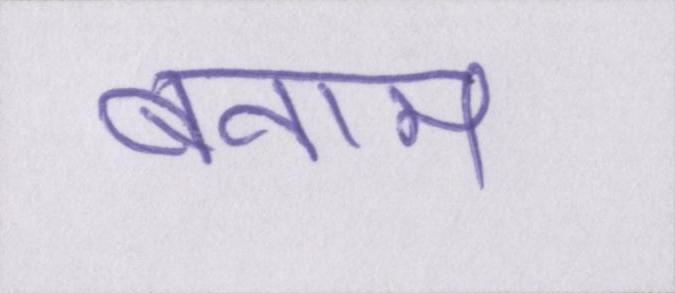
बनाम